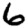
Digit: 6